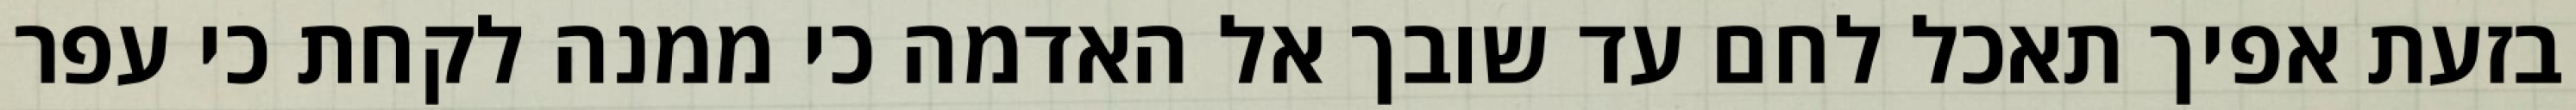
בזעת אפיך תאכל לחם עד שובך אל האדמה כי ממנה לקחת כי עפר